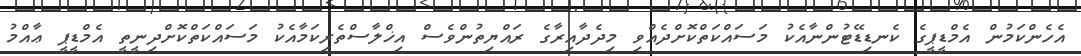
އެހެންކަމުން އެމްޑީޕީގެ ކެނޑިޑޭޓުންނާއެކު މަސައްކަތްކޮށްދެއްވި މިދެދާއިރާގެ ރައްޔިތުންވެސް އިޚްލާސްތެރިކަމާއެކު މަސައްކަތްކޮށްދިނީތީ އެމްޑީޕީ ޢާއްމު